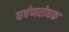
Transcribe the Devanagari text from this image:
घर्षणरोधक